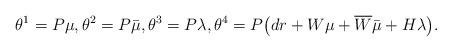
LaTeX: \begin{align*} {\theta}^1=P\mu, {\theta}^2=P\bar{\mu}, {\theta}^3=P\lambda, {\theta}^4=P\big (dr+W\mu+\overline{W}\bar{\mu}+H\lambda \big). \end{align*}